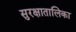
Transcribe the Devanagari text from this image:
सुरक्षातालिका